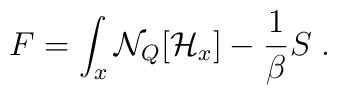
F=\int_x {\cal N}_Q [{\cal H}_x]-{\frac {1}{\beta}} S \;.